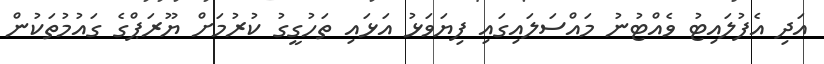
އަދި އެފުލައިޓު ވެއްޓުނު މައްސަލައިގައި ފިޔަވަޅު އަޅައި ތަހުގީގު ކުރުމަށް ޔޫރަޕްގެ ގައުމުތަކުން